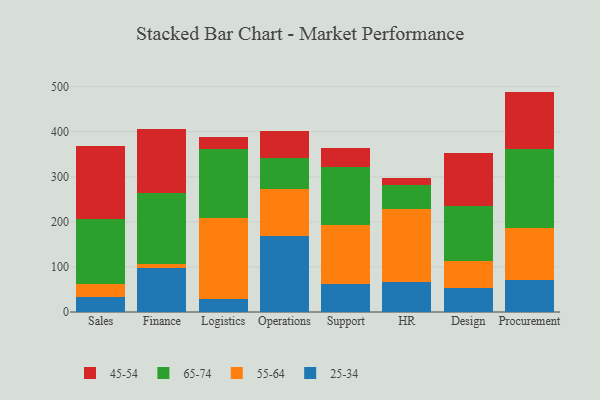
{"axis": {"x": "Department", "y": "Conversion Rate (%)"}, "legend": ["25-34", "45-54", "55-64", "65-74"], "data": [{"x": "Sales", "y": 33.9, "type": "25-34"}, {"x": "Sales", "y": 28.8, "type": "55-64"}, {"x": "Sales", "y": 143.9, "type": "65-74"}, {"x": "Sales", "y": 162.6, "type": "45-54"}, {"x": "Finance", "y": 97.3, "type": "25-34"}, {"x": "Finance", "y": 9.9, "type": "55-64"}, {"x": "Finance", "y": 157.6, "type": "65-74"}, {"x": "Finance", "y": 140.6, "type": "45-54"}, {"x": "Logistics", "y": 28.6, "type": "25-34"}, {"x": "Logistics", "y": 179.1, "type": "55-64"}, {"x": "Logistics", "y": 154.4, "type": "65-74"}, {"x": "Logistics", "y": 25.4, "type": "45-54"}, {"x": "Operations", "y": 167.9, "type": "25-34"}, {"x": "Operations", "y": 104.2, "type": "55-64"}, {"x": "Operations", "y": 69.7, "type": "65-74"}, {"x": "Operations", "y": 60.2, "type": "45-54"}, {"x": "Support", "y": 62.6, "type": "25-34"}, {"x": "Support", "y": 131.5, "type": "55-64"}, {"x": "Support", "y": 127.1, "type": "65-74"}, {"x": "Support", "y": 43.1, "type": "45-54"}, {"x": "HR", "y": 65.6, "type": "25-34"}, {"x": "HR", "y": 162.9, "type": "55-64"}, {"x": "HR", "y": 54.3, "type": "65-74"}, {"x": "HR", "y": 14.5, "type": "45-54"}, {"x": "Design", "y": 54.3, "type": "25-34"}, {"x": "Design", "y": 59.9, "type": "55-64"}, {"x": "Design", "y": 120.5, "type": "65-74"}, {"x": "Design", "y": 118.8, "type": "45-54"}, {"x": "Procurement", "y": 71.0, "type": "25-34"}, {"x": "Procurement", "y": 114.5, "type": "55-64"}, {"x": "Procurement", "y": 177.1, "type": "65-74"}, {"x": "Procurement", "y": 126.4, "type": "45-54"}]}